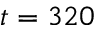
t = 3 2 0